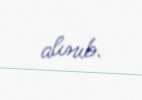
alınıb.